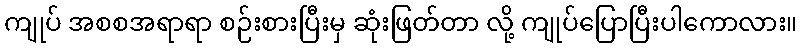
ကျုပ် အစစအရာရာ စဉ်းစားပြီးမှ ဆုံးဖြတ်တာ လို့ ကျုပ်ပြောပြီးပါကောလား။